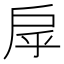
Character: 𢨽